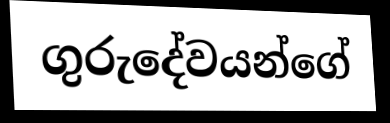
ගුරුදේවයන්ගේ